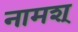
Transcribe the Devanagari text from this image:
नामश्